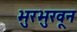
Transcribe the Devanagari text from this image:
भुरभुरवून